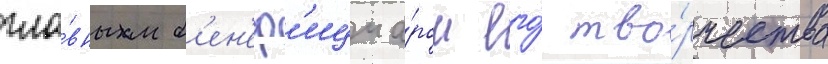
гла́вным б'ен'еф'ициа́ром его́ тво́рчества